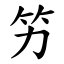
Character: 竻